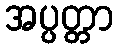
အပ္ပတ္တာ